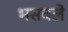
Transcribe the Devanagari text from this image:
भसवले